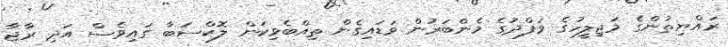
ރައްޔިތުންގެ މަޖިލީހުގެ ވަފްދުގެ މެންބަރުން ވަޑައިގެން ތިއްބެވިކަން ލޮކްސަބާ ގައިވެސް އަދި ރާޖާ